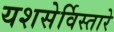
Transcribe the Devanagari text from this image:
यशसेर्विस्तारे